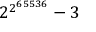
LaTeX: { 2 ^ { 2 ^ { 6 5 5 3 6 } } } - 3